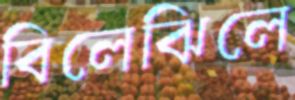
বিলেঝিলে